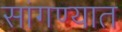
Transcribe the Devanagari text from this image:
सांगण्‍यात